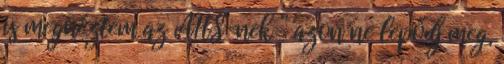
is megnéztem az AHS-nek ” azon ne lepődj meg,